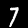
Label: 7